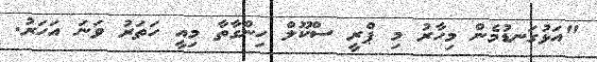
"އަޅުގަނޑުމެން މިހާރު މި ޕްރީ ސްކޫލް ހިންގާތާ މިއީ ހަތަރު ވަނަ އަހަރު.